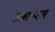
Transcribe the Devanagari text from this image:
उत्तरान्चल